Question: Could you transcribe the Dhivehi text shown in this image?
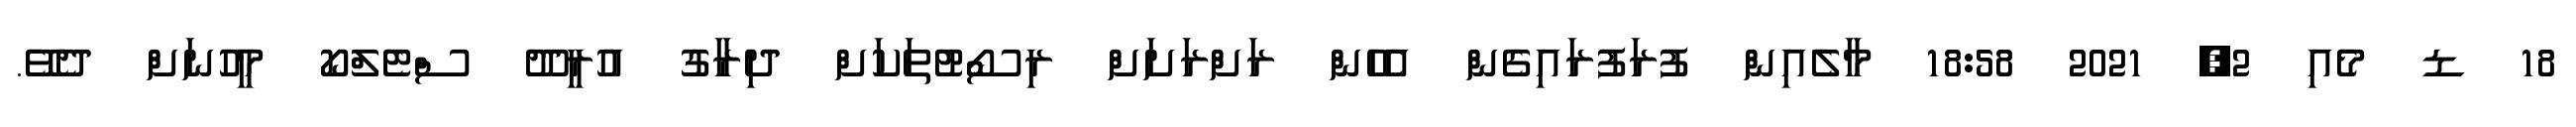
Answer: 18 ޑ މެއި 2, 2021 18:58 މާލެއިން ފުރަފުރައިގެން އެހެން ރަށްރަށަށް ރިސޯޓުތަކަށް ދިރާގު އުރީދޫ ސްޓެލްކޯ މީހުނަށް ދެވޭ.